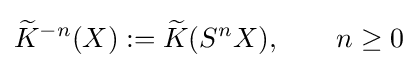
{\widetilde {K}}^{-n}(X):={\widetilde {K}}(S^{n}X),\qquad n\geq 0